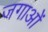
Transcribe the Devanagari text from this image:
जगाओं